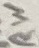
Text: RW